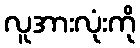
လူအားလုံးကို